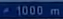
1000m